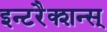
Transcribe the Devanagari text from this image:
इन्टरैक्शन्स्